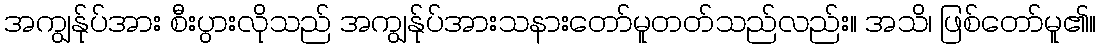
အကျွန်ုပ်အား စီးပွားလိုသည် အကျွန်ုပ်အားသနားတော်မူတတ်သည်လည်း။ အသိ၊ ဖြစ်တော်မူ၏။